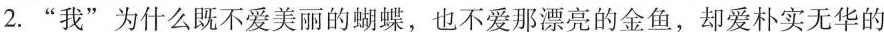
2.”我”为什么既不爱美丽的蝴蝶，也不爱那漂亮的金鱼，却爱朴实无华的